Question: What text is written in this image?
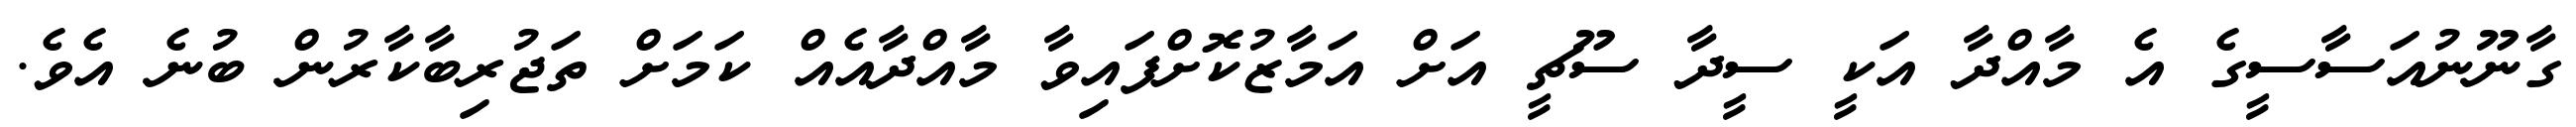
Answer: ގާނޫނުއަސާސީގެ އެ މާއްދާ އަކީ ސީދާ ސޫޗީ އަށް އަމާޒުކޮށްފައިވާ މާއްދާއެއް ކަމަށް ތަޖުރިބާކާރުން ބުނެ އެވެ.